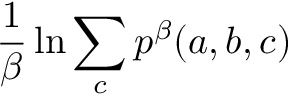
\frac { 1 } { \beta } \ln \sum _ { c } p ^ { \beta } ( a , b , c )